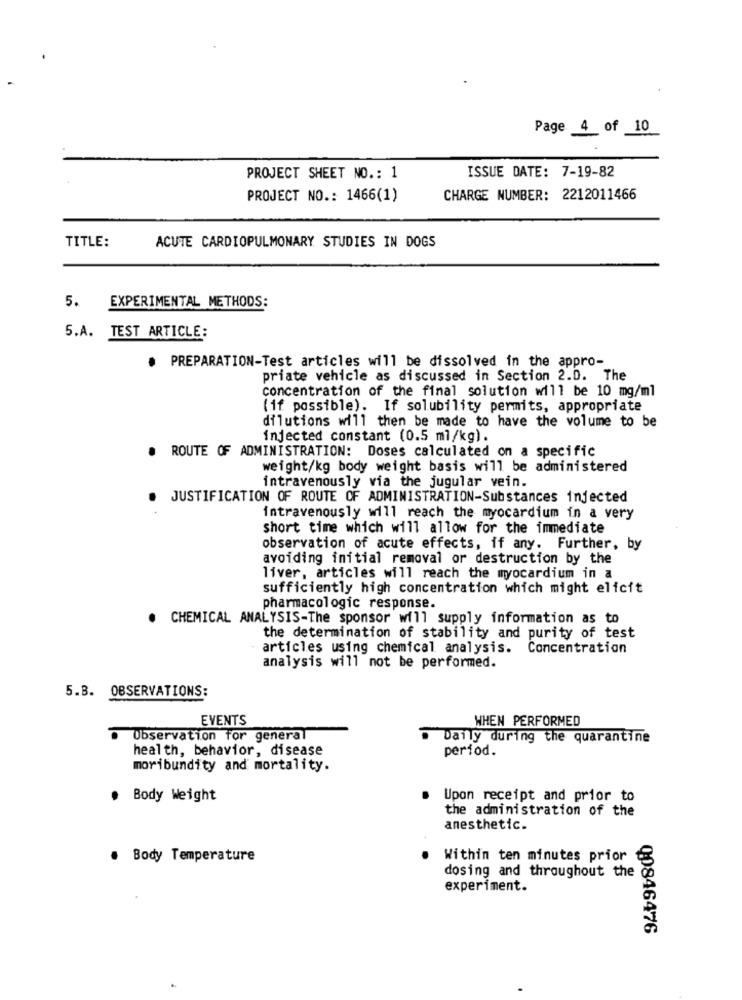
Page 4 of 10
PROJECT SHEET NO .: 1
ISSUE DATE: 7-19-82
PROJECT NO .: 1466(1)
CHARGE NUMBER: 2212011466
TITLE:
ACUTE CARDIOPULMONARY STUDIES IN DOGS
5. EXPERIMENTAL METHODS:
5.A. TEST ARTICLE:
. PREPARATION-Test articles will be dissolved in the appro-
priate vehicle as discussed in Section 2.D. The
concentration of the final solution will be 10 mg/ml
(if possible). If solubility permits, appropriate
dilutions will then be made to have the volume to be
injected constant (0.5 ml/kg).
· ROUTE OF ADMINISTRATION: Doses calculated on a specific
weight/kg body weight basis will be administered
intravenously via the jugular vein.
JUSTIFICATION OF ROUTE OF ADMINISTRATION-Substances injected
intravenously will reach the myocardium in a very
short time which will allow for the immediate
observation of acute effects, if any. Further, by
avoiding initial removal or destruction by the
liver, articles will reach the myocardium in a
sufficiently high concentration which might elicit
pharmacologic response.
. CHEMICAL ANALYSIS-The sponsor will supply information as to
the determination of stability and purity of test
articles using chemical analysis. Concentration
analysis will not be performed.
5.B. OBSERVATIONS:
EVENTS
WHEN PERFORMED
Observation for general
Daily during the quarantine
health, behavior, disease
period.
moribundity and mortality.
Body Weight
. Upon receipt and prior to
the administration of the
anesthetic.
. Body Temperature
Within ten minutes prior
dosing and throughout the
experiment.
Q0846476